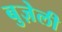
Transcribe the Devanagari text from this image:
बुज़ेली